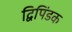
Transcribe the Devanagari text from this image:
द्विपिंडक